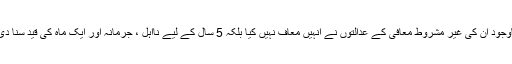
باوجود ان کی غیر مشروط معافی کے عدالتوں نے انہیں معاف نہیں کیا بلکہ 5 سال کے لیے نااہل ، جرمانہ اور ایک ماہ کی قید سنا دی۔